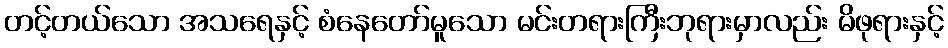
တင့်တယ်သော အသရေနှင့် စံနေတော်မူသော မင်းတရားကြီးဘုရားမှာလည်း မိဖုရားနှင့်